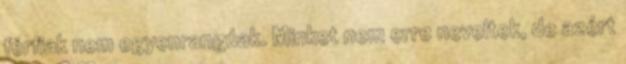
férfiak nem egyenrangúak. Minket nem erre neveltek, de azért